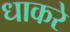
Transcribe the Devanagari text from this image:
धाकरे